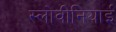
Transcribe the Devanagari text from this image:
स्लोवीनियाई